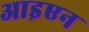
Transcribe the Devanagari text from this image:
आइएन